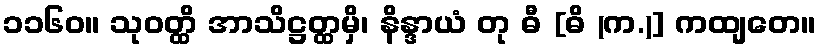
၁၁၆၀။ သုဝတ္ထိ အာသိဋ္ဌတ္ထမှိ၊ နိန္ဒာယံ တု ဓီ [ဓိ (က.)] ကထျတေ။